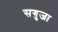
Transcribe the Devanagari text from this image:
सगुजा